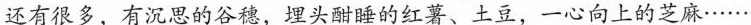
大地上的植物还有很多，有沉思的谷穗，埋头酣睡的红薯、土豆，一心向上的芝麻······